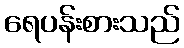
ရေပန်းစားသည်